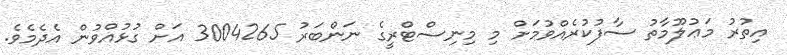
އިތުރު މަޢުލޫމާތު ސާފުކުރެއްވުމަށް މި މިނިސްޓްރީގެ ނަންބަރު 3004265 އަށް ގުޅުއްވުން އެދެމެވެ.